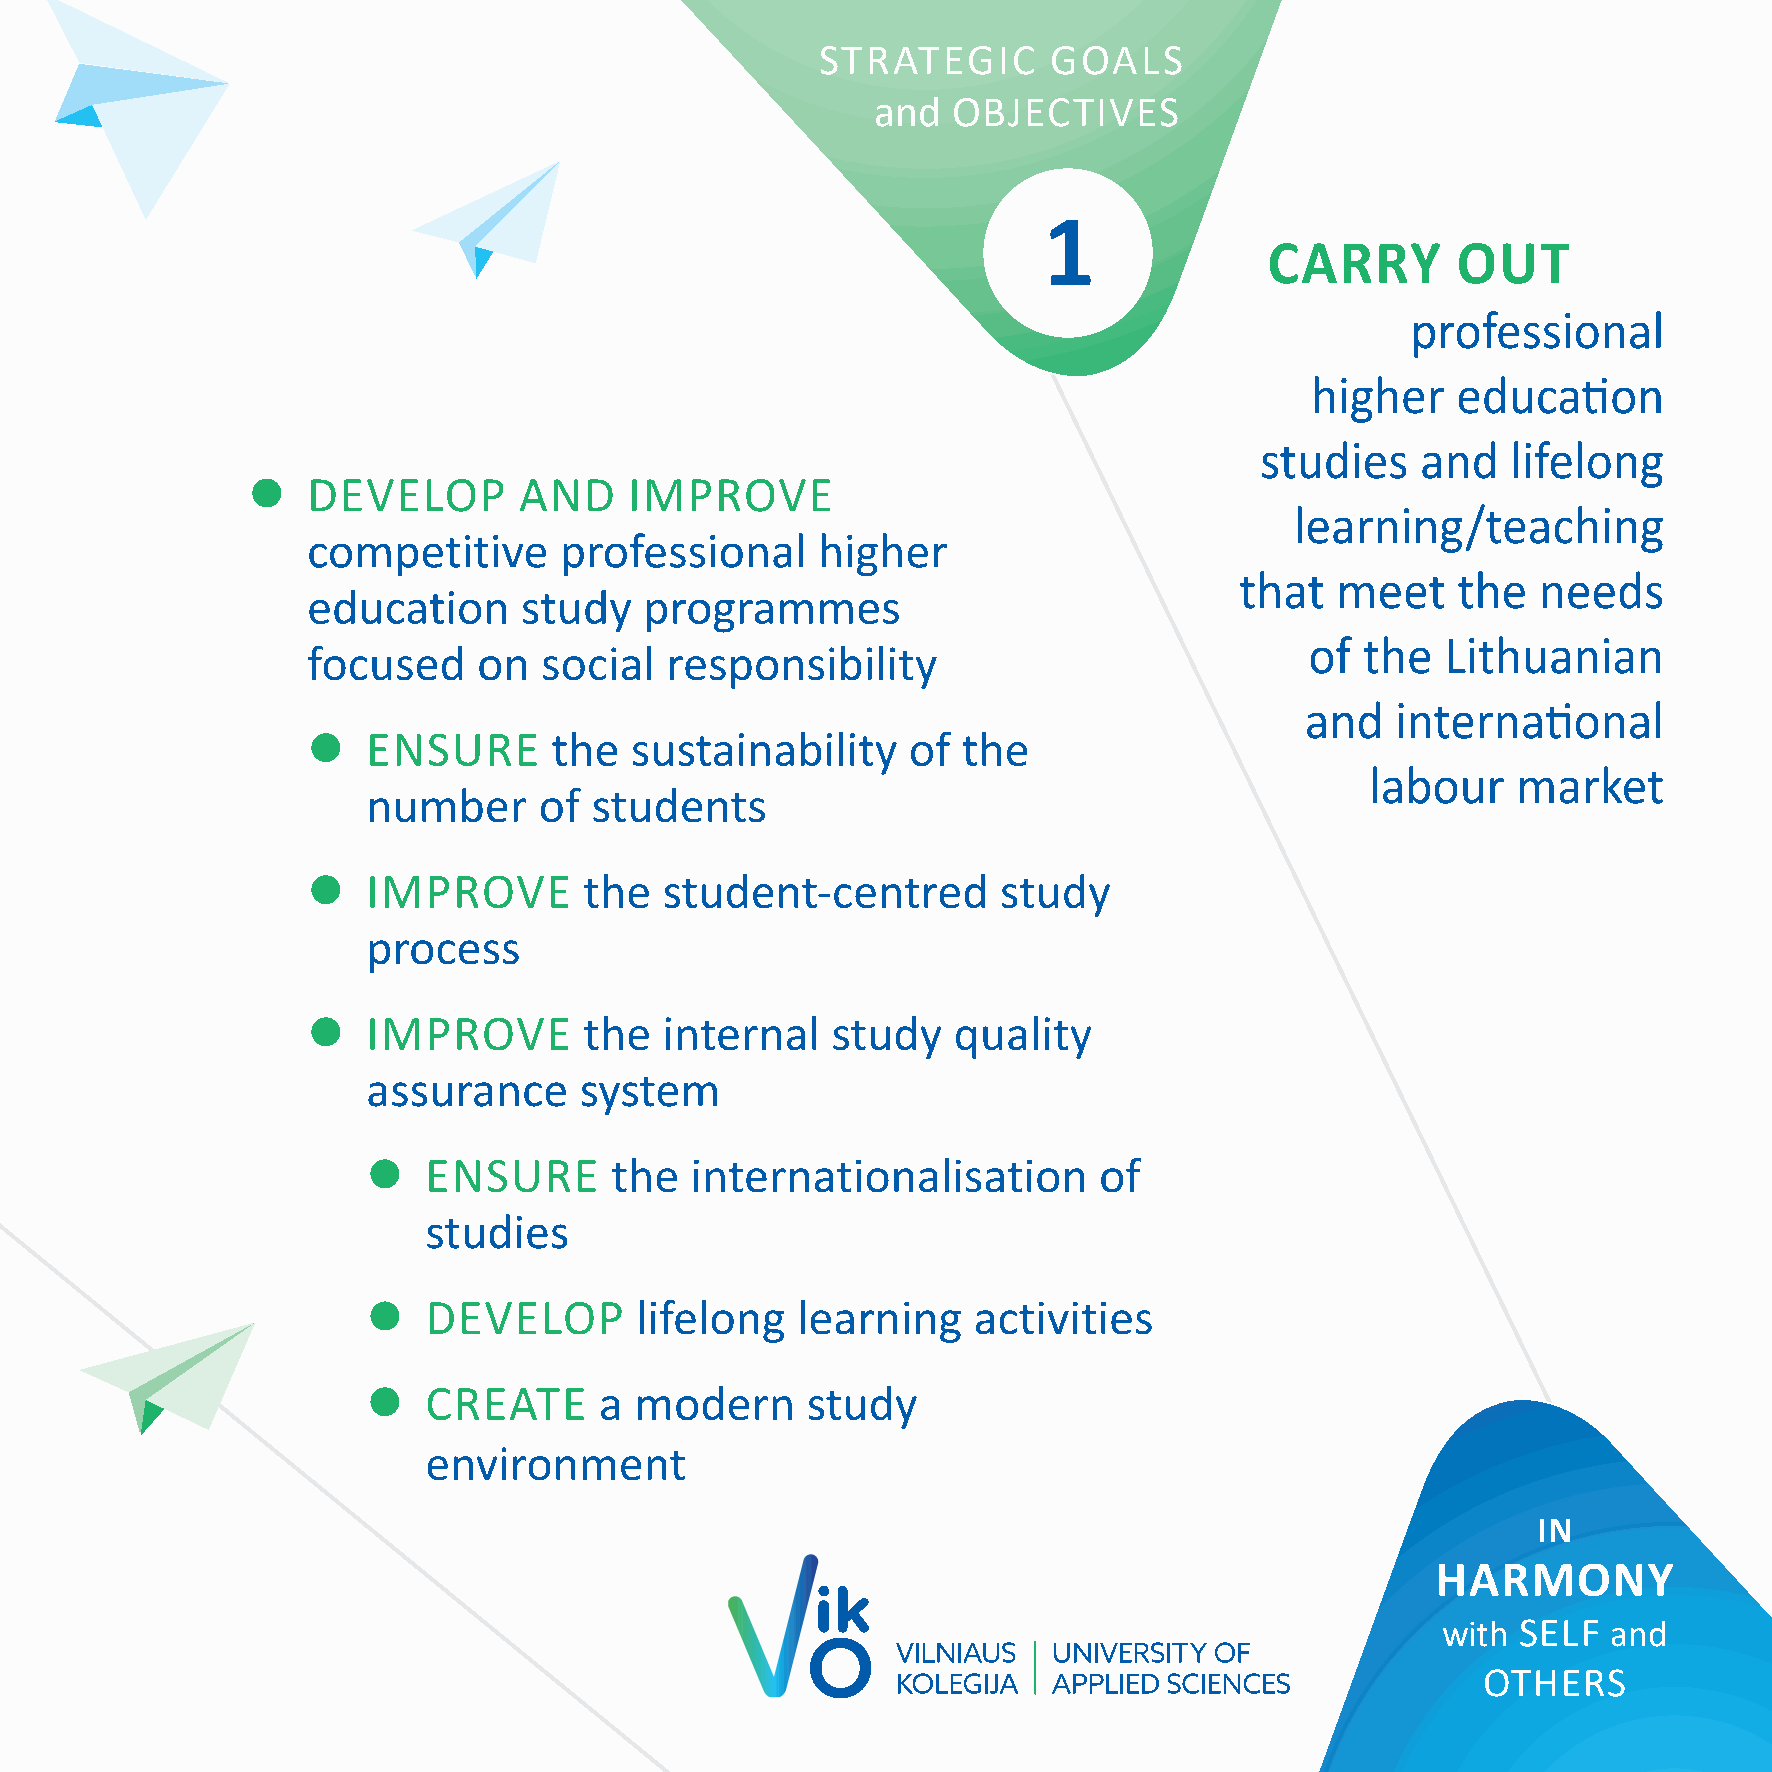
STRATEGIC       GOALS
 and  OBJECTIVES
 1
 CARRY       OUT
 professional
 higher   education
 studies    and   lifelong
    DEVELOP       AND     IMPROVE
 learning/teaching
 competitive      professional     higher
 that  meet    the   needs
 education     study    programmes
 of the   Lithuanian
 focused     on  social  responsibility
 and   international
    ENSURE       the  sustainability    of  the
 labour   market
 number      of students
    IMPROVE        the  student-centred       study
 process
    IMPROVE        the  internal   study   quality
 assurance     system
    ENSURE      the   internationalisation       of
 studies
    DEVELOP       lifelong   learning   activities
    CREATE      a modern     study
 environment
 IN
 HARMONY
 with  SELF  and
 OTHERS